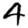
Digit: 4